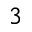
_ 3